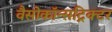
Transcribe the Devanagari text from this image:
वैसोकॉन्सट्रिक्टर